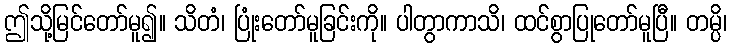
ဤသို့မြင်တော်မူ၍။ သိတံ၊ ပြုံးတော်မူခြင်းကို။ ပါတွာကာသိ၊ ထင်စွာပြုတော်မူပြီ။ တမ္ပိ၊